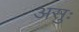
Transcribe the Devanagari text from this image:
असुः